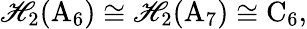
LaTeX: \mathscr{H}_{2}(\mathrm{{A}}_{6})\cong\mathscr{H}_{2}(\mathrm{{A}}_{7})\cong\mathrm{{C}}_{6},